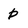
Character: b